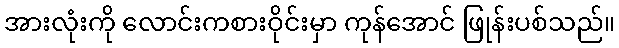
အားလုံးကို လောင်းကစားဝိုင်းမှာ ကုန်အောင် ဖြုန်းပစ်သည်။